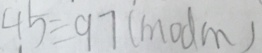
4 5 \equiv 9 7 ( m o d m )